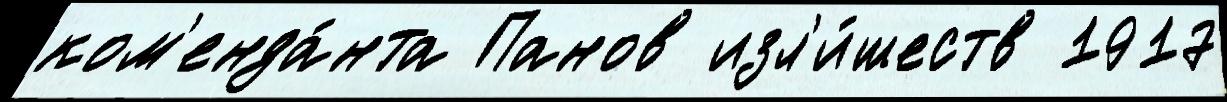
ком'енда́нта Панов изл'и́шеств 1917